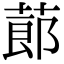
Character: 蓈